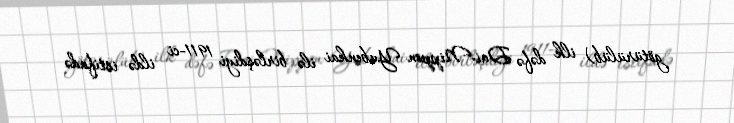
götürülüb) ilk dəfə Dai-Nippon Yubenkai ilə birləşdiyi 1911-ci ildə istifadə